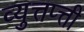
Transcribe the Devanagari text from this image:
व्युत्तप्त्ती